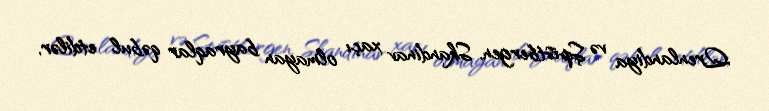
Qrenlandiya və Şpistbergen, Skandinav xaçı olmayan bayraqlar qəbul etdilər,